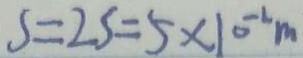
S = 2 s = 5 \times 1 0 ^ { - 2 } m